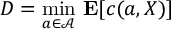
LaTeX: D = { \underset { a \in { \mathcal { A } } } { \operatorname* { m i n } } } \ \mathbf { E } [ c ( a , X ) ]